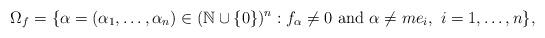
LaTeX: \begin{align*}\Omega_f=\{\alpha=(\alpha_1,\ldots,\alpha_n) \in (\mathbb{N} \cup \{0\})^n: f_{\alpha} \neq 0 \mbox{ and } \alpha \neq m e_i, \ i=1,\ldots,n\},\end{align*}